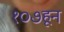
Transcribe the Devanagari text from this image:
१०७हून